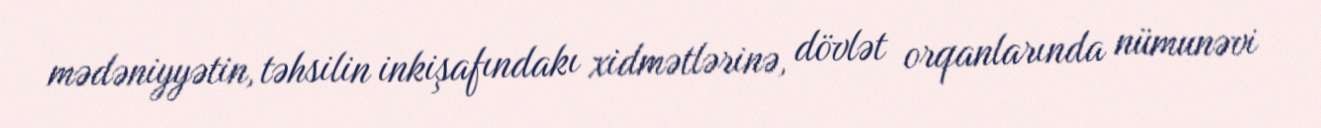
mədəniyyətin, təhsilin inkişafındakı xidmətlərinə, dövlət orqanlarında nümunəvi